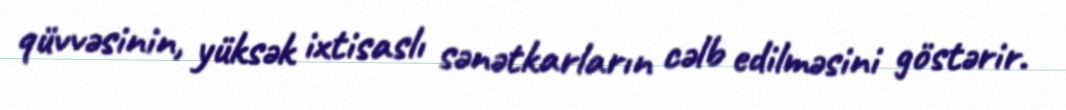
qüvvəsinin, yüksək ixtisaslı sənətkarların cəlb edilməsini göstərir.